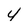
Character: 4